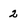
Character: 2